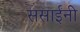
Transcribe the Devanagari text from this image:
ससाईंनी